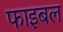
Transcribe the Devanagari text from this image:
फाइबल